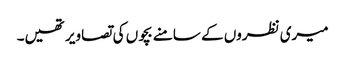
میری نظروں کے سامنے بچوں کی تصاویر تھیں۔